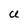
Character: U